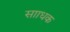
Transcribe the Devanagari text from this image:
सााधक